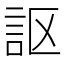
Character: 𧦅